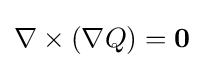
\nabla \times (\nabla Q)=\mathbf {0}